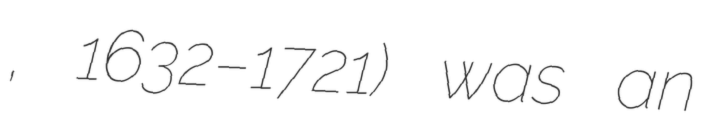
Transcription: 道明, 1632–1721) was an